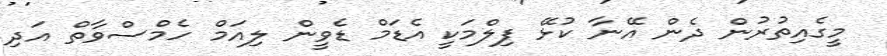
މީގެއިތުރުން ދެން އޭނާ ކުޅޭ ފިލްމަކީ އެޑަމް ޑެވީން ލިއަމް ހެމްސްވާތް އަދި